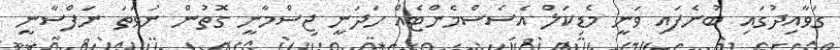
ގަވާއިދުގައި ބުނެފައި ވަނީ މެޑިކަލް އެސެސްމެންޓެއް ހަދަނީ ޖިސްމާނީ ގޮތުން ނުވަތަ ނަފްސާނީ